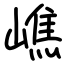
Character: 嶕